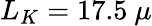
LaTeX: L_{K}=17.5~\mu